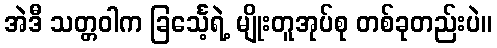
အဲဒီ သတ္တဝါက ခြင်္သေ့ရဲ့ မျိုးတူအုပ်စု တစ်ခုတည်းပဲ။